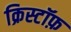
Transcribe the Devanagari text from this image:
क्रिस्टॉफ़